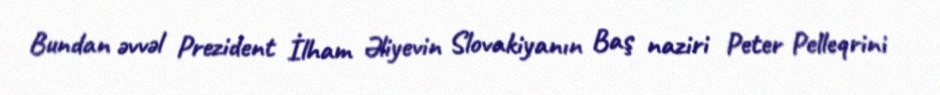
Bundan əvvəl Prezident İlham Əliyevin Slovakiyanın Baş naziri Peter Pelleqrini